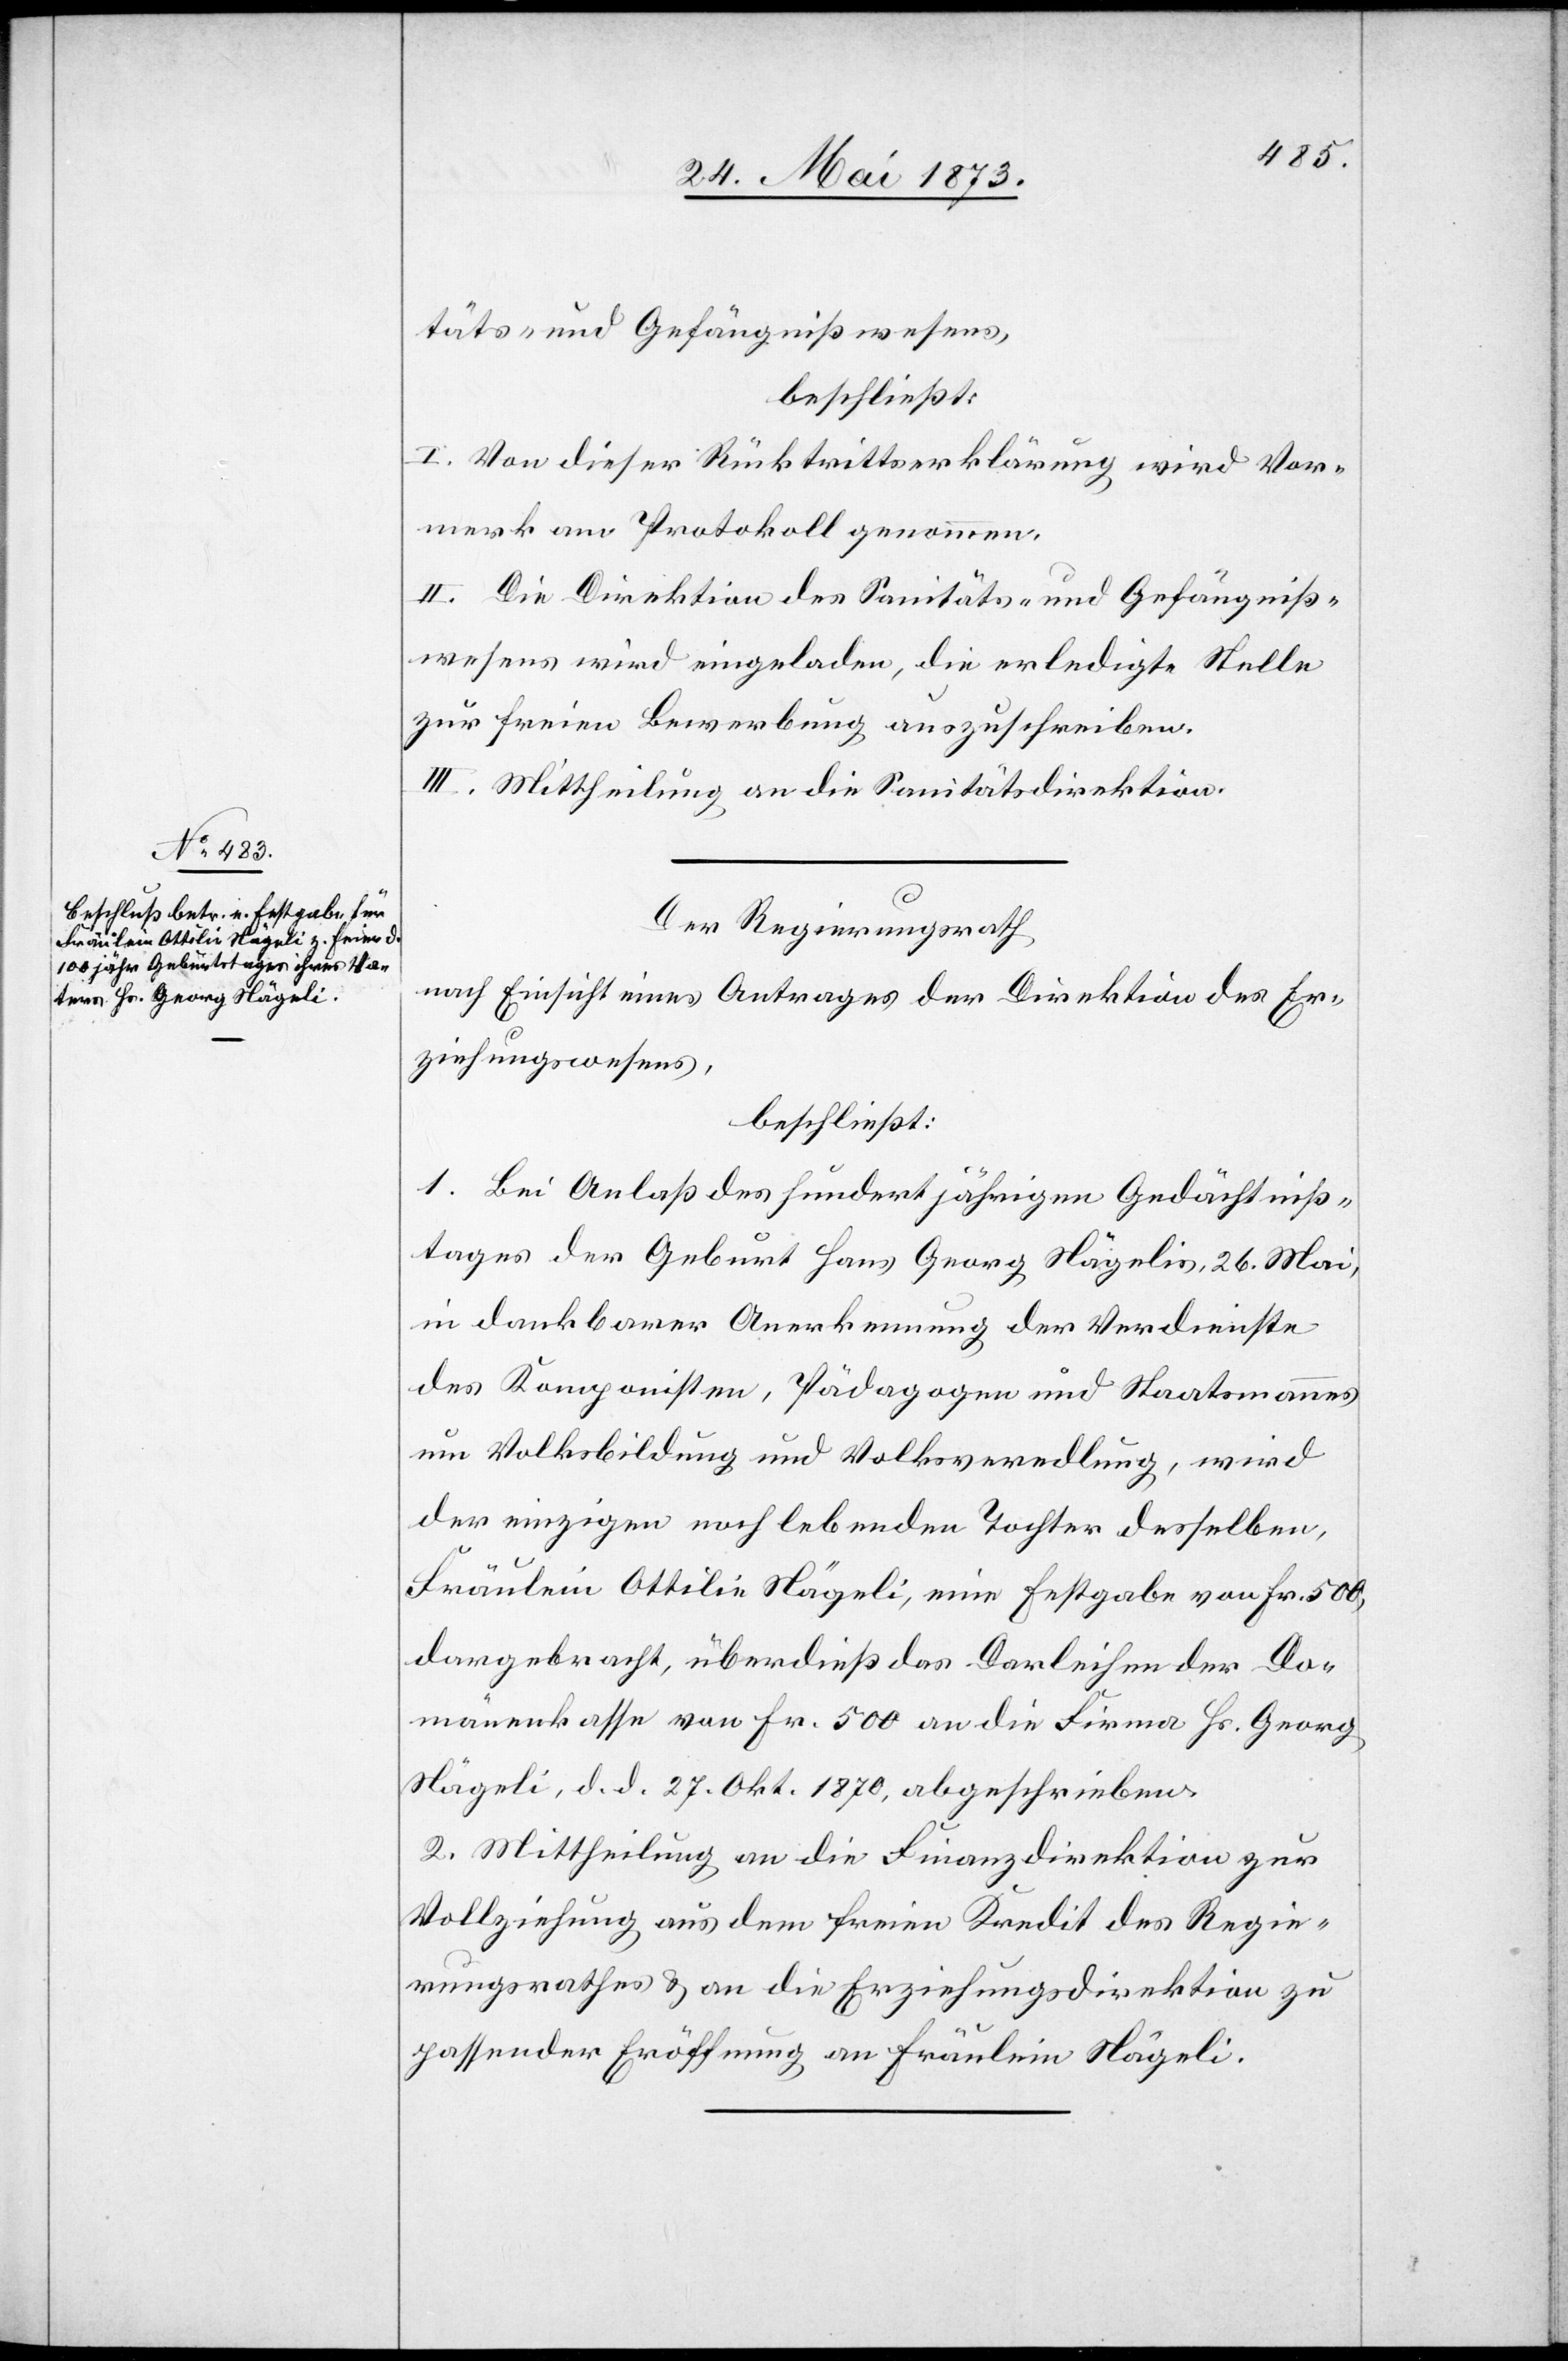
täts- und Gefängnißwesens,
beschließt:
I. Von dieser Rücktrittserklärung wird Vor¬
merk am Protokoll genommen.
II. Die Direktion des Santitäts- und Gefängniß¬
wesens wird eingeladen, die erledigte Stelle
zur freien Bewerbung auszuschreiben.
III. Mittheilung an die Sanitätsdirektion.
Der Regierungsrath
nach Einsicht eines Antrages der Direktion des Er¬
ziehungswesens,
beschließt:
1. Bei Anlaß des hundertjährigen Gedächtniß¬
tages der Geburt Hans Georg Nägelis, 26. Mai,
in dankbarer Anerkennung der Verdienste
des Komponisten, Pädagogen und Staatsmannes
um Volksbildung und Volksveredlung, wird
der einzigen noch lebenden Tochter desselben,
Fräulein Ottilie Nägeli, eine Festgabe von Fr. 500,
dargebracht, überdieß das Darleihen der Do¬
mänenkasse von Fr. 500 an die Firma Hs. Georg
Nägeli, d. d. 27. Okt. 1870, abgeschrieben.
2. Mittheilung an die Finanzdirektion zur
Vollziehung aus dem freien Kredit des Regie¬
rungsrathes & an die Erziehungsdirektion zu
passender Eröffnung an Fräulein Nägeli.